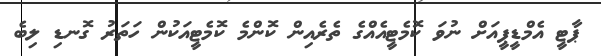
ޕާޓީ އެމްޑީޕީއަށް ނުވަ ކޮމެޓީއެއްގެ ތެރެއިން ކޮންމެ ކޮމެޓީއަކުން ހަތަރު ގޮނޑި ލިބެ